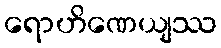
ရောဟိဏေယျဿ